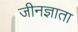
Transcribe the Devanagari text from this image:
जीनज्ञाता